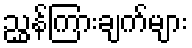
ညွှန်ကြားချက်များ